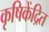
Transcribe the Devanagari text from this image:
कृषिकेंद्रित